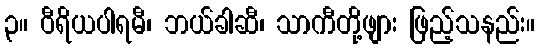
၃။ ဝီရိယပါရမီ၊ ဘယ်ခါဆီ၊ သာကီတို့ဖျား ဖြည့်သနည်း။